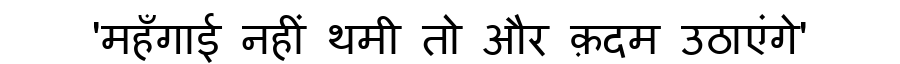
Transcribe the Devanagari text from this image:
'महँगाई नहीं थमी तो और क़दम उठाएंगे'